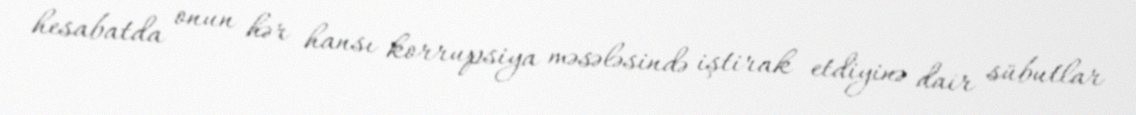
hesabatda onun hər hansı korrupsiya məsələsində iştirak etdiyinə dair sübutlar